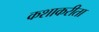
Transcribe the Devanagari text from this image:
कशाकरीता